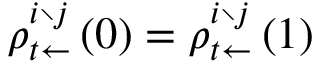
\rho _ { t \leftarrow } ^ { i \setminus j } \left( 0 \right) = \rho _ { t \leftarrow } ^ { i \setminus j } \left( 1 \right)